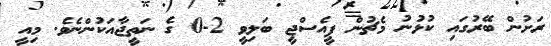
ރަށުން ބޭރުގައި ކުޅުނު މެޗުން ޕީއެސްޖީ ބަލިވީ 2-0 ގެ ނަތީޖާއަކުންނެވެ. މިއީ